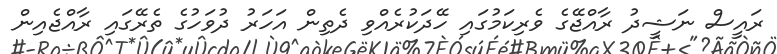
ރައީސް ނަޝީދު ރާއްޖޭގެ ވެރިކަމުގައި ހޭދަކުރެއްވި ދެތިން އަހަރު ދުވަހުގެ ތެރޭގައި ރާއްޖެއިން